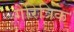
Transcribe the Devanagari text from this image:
गेरित्रिक